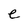
Character: e